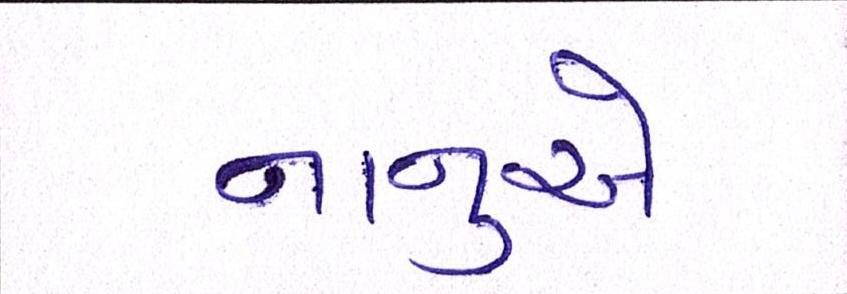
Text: નાનુએ